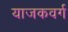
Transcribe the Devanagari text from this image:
याजकवर्ग